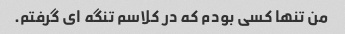
من تنها کسی بودم که در کلاسم تنگه ای گرفتم.